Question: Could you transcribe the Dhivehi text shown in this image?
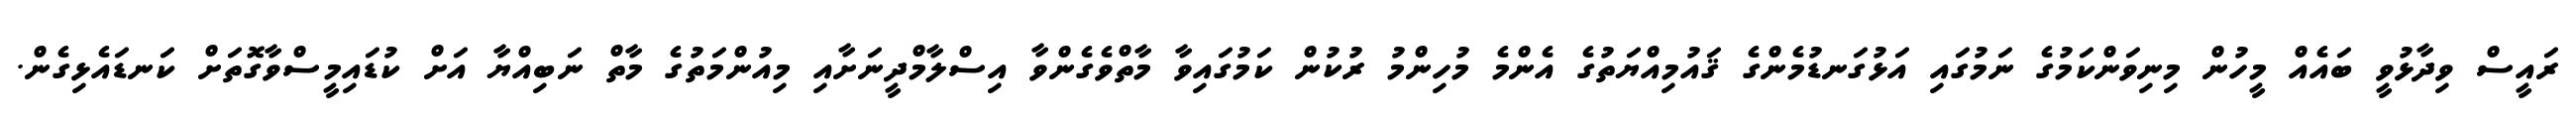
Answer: ރައީސް ވިދާޅުވީ ބައެއް މީހުން މިނިވަންކަމުގެ ނަމުގައި އަޅުގަނޑުމެންގެ ޤައުމިއްޔަތުގެ އެންމެ މުހިންމު ރުކުން ކަމުގައިވާ މާތްވެގެންވާ އިސްލާމްދީނަށާއި މިއުންމަތުގެ މާތް ނަބިއްޔާ އަށް ކުޑައިމީސްވާގޮތަށް ކަނޑައެޅިގެން.